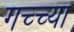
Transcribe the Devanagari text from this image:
गच्च्या